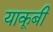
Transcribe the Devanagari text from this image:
याकूबी